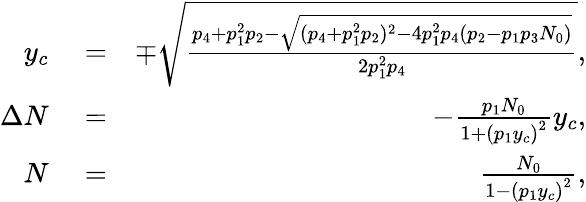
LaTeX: \begin{array}{rlr}{y_{c}}&{{}=}&{\mp\sqrt{\frac{p_{4}+p_{1}^{2}p_{2}-\sqrt{(p_{4}+p_{1}^{2}p_{2})^{2}-4p_{1}^{2}p_{4}(p_{2}-p_{1}p_{3}N_{0})}}{2p_{1}^{2}p_{4}}},}\\ {\Delta N}&{{}=}&{-\frac{p_{1}N_{0}}{1+\left(p_{1}y_{c}\right)^{2}}y_{c},}\\ {N}&{{}=}&{\frac{N_{0}}{1-\left(p_{1}y_{c}\right)^{2}},}\end{array}